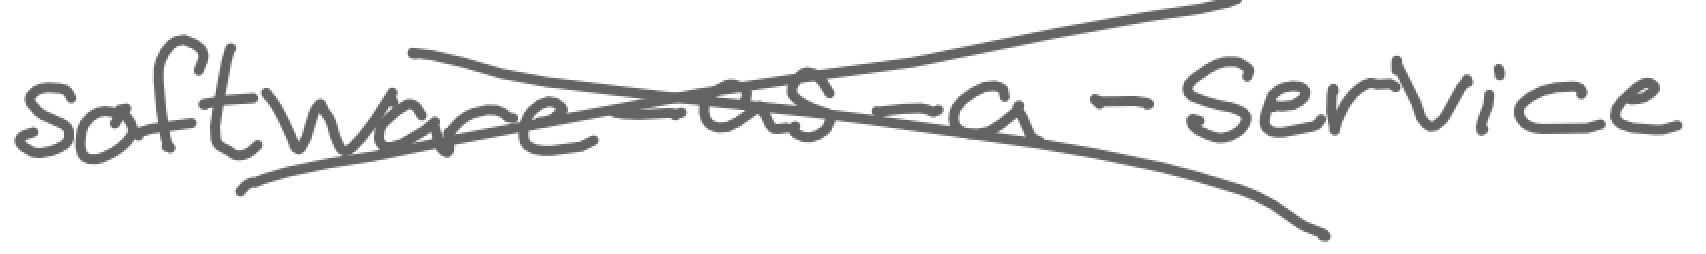
Text: software-as-a-service
Cross-out: cross
Writing tool: digital_gray